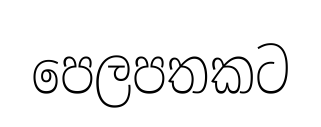
පෙලපතකට